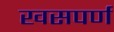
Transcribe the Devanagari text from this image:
खसपर्ण